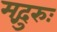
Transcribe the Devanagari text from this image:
मद्गुरुः